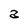
Character: a